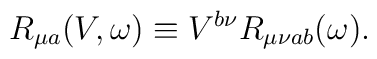
R_{\mu a}(V,\omega)\equiv V^{b\nu}R_{\mu\nu ab}(\omega).